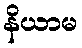
နိယာမ